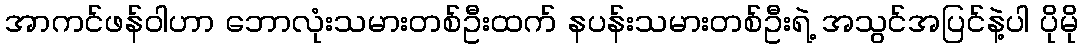
အာကင်ဖန်ဝါဟာ ဘောလုံးသမားတစ်ဦးထက် နပန်းသမားတစ်ဦးရဲ့ အသွင်အပြင်နဲ့ပါ ပိုမို